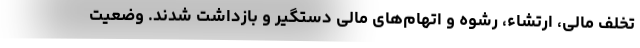
تخلف مالی، ارتشاء، رشوه و اتهام‌های مالی دستگیر و بازداشت شدند. وضعیت